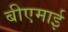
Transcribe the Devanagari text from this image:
बीएमाई